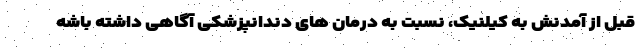
قبل از آمدنش به کیلنیک، نسبت به درمان های دندانپزشکی آگاهی داشته باشه